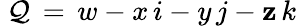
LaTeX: ~\mathcal{Q}\, =\, w-x\, i-y\, j-\mathbf{z}\, k